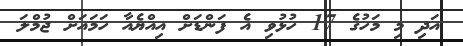
އަދި މި މަހުގެ 17 ހުޅުވި އެ ފަންޑަށް އިއްޔެއާ ހަމައަށް ޖުމްލަ